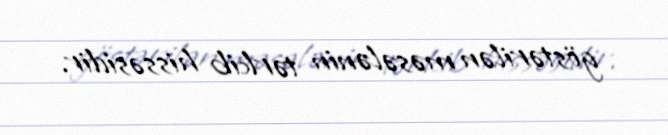
göstərilən məsələnin tərkib hissəsidir.